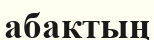
абактың